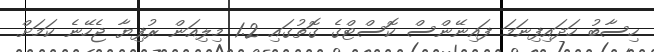
ހިސާބު ހަދައިފިނަމަ ފައިނޭންސް ކޮސްޓްގެ ގޮތުގައި 1.2 މިލިއަން ރުފިޔާ ޖެހޭނެ ކަމަށް